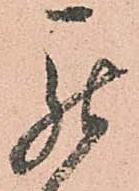
罷